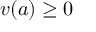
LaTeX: v ( a ) \geq 0